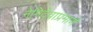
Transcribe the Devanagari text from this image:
नेमिदेवाप्रमाणे